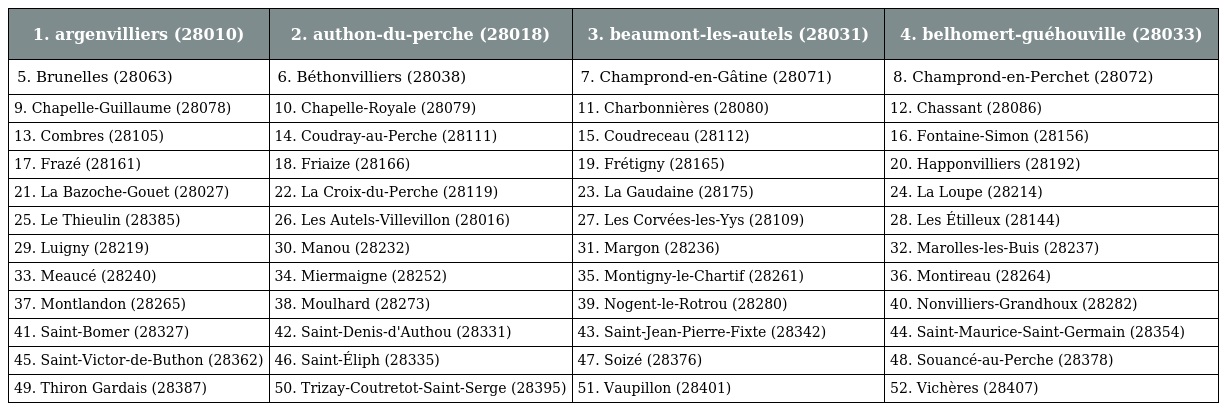
| 1. argenvilliers (28010) | 2. authon-du-perche (28018) | 3. beaumont-les-autels (28031) | 4. belhomert-guéhouville (28033) |
 | --- | --- | --- | --- |
 | 5. Brunelles (28063) | 6. Béthonvilliers (28038) | 7. Champrond-en-Gâtine (28071) | 8. Champrond-en-Perchet (28072) |
 | 9. Chapelle-Guillaume (28078) | 10. Chapelle-Royale (28079) | 11. Charbonnières (28080) | 12. Chassant (28086) |
 | 13. Combres (28105) | 14. Coudray-au-Perche (28111) | 15. Coudreceau (28112) | 16. Fontaine-Simon (28156) |
 | 17. Frazé (28161) | 18. Friaize (28166) | 19. Frétigny (28165) | 20. Happonvilliers (28192) |
 | 21. La Bazoche-Gouet (28027) | 22. La Croix-du-Perche (28119) | 23. La Gaudaine (28175) | 24. La Loupe (28214) |
 | 25. Le Thieulin (28385) | 26. Les Autels-Villevillon (28016) | 27. Les Corvées-les-Yys (28109) | 28. Les Étilleux (28144) |
 | 29. Luigny (28219) | 30. Manou (28232) | 31. Margon (28236) | 32. Marolles-les-Buis (28237) |
 | 33. Meaucé (28240) | 34. Miermaigne (28252) | 35. Montigny-le-Chartif (28261) | 36. Montireau (28264) |
 | 37. Montlandon (28265) | 38. Moulhard (28273) | 39. Nogent-le-Rotrou (28280) | 40. Nonvilliers-Grandhoux (28282) |
 | 41. Saint-Bomer (28327) | 42. Saint-Denis-d'Authou (28331) | 43. Saint-Jean-Pierre-Fixte (28342) | 44. Saint-Maurice-Saint-Germain (28354) |
 | 45. Saint-Victor-de-Buthon (28362) | 46. Saint-Éliph (28335) | 47. Soizé (28376) | 48. Souancé-au-Perche (28378) |
 | 49. Thiron Gardais (28387) | 50. Trizay-Coutretot-Saint-Serge (28395) | 51. Vaupillon (28401) | 52. Vichères (28407) |